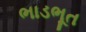
ભાડભૂત